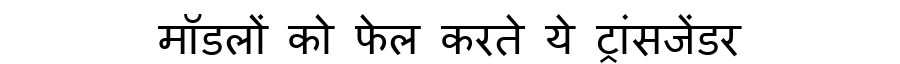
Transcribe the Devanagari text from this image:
मॉडलों को फेल करते ये ट्रांसजेंडर